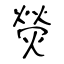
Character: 熒